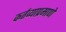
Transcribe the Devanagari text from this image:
कर्तव्याप्रमाणे